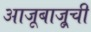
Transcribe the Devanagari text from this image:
आजूबाजू्ची